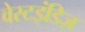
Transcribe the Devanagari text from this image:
वेस्टइंडिज़